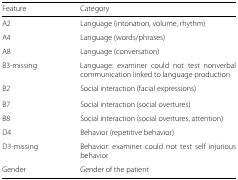
| Feature | Category |
 | --- | --- |
 | A2 | Language (intonation, volume, rhythm) |
 | A4 | Language (words/phrases) |
 | A8 | Language (conversation) |
 | B3-missing | Language: examiner could not test nonverbal communication linked to language production |
 | B2 | Social interaction (facial expressions) |
 | B7 | Social interaction (social overtures) |
 | B8 | Social interaction (social overtures, attention) |
 | D4 | Behavior (repetitive behavior) |
 | D3-missing | Behavior: examiner could not test self injurious behavior |
 | Gender | Gender of the patient |